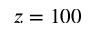
z = 1 0 0